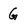
Character: G